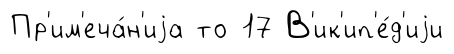
Пр'им'еча́н'иjа то 17 В'ик'ип'е́д'иjи